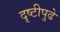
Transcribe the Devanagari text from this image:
दृष्टीपुढे